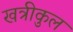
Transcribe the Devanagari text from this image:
खत्रीकुल